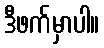
ဒီဖက်မှာပါ။